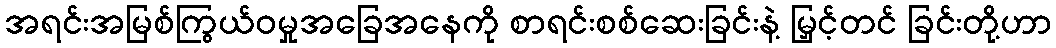
အရင်းအမြစ်ကြွယ်ဝမှုအခြေအနေကို စာရင်းစစ်ဆေးခြင်းနဲ့ မြှင့်တင် ခြင်းတို့ဟာ